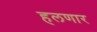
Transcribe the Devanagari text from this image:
हलणार